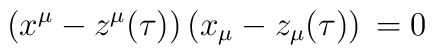
(x^{\mu} - z^{\mu} (\tau)) \, (x_{\mu} - z_{\mu} (\tau)) \, = 0